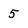
Character: 5